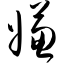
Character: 嫌